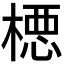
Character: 𪳉